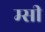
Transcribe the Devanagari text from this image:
म्सी